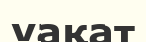
уақат